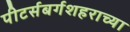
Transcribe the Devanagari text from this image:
पीटर्सबर्गशहराच्या